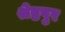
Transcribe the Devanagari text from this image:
श्रेष्ठपुर